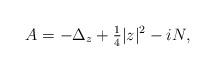
LaTeX: \begin{align*}A = -\Delta_z + \tfrac 1 4 |z|^2 - i N,\end{align*}